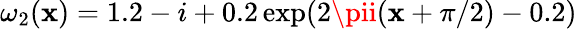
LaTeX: \omega_{2}(\mathbf{x})=1.2-i+0.2\exp(2\pii(\mathbf{x}+\pi/2)-0.2)